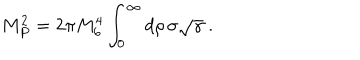
LaTeX: M _ { P } ^ { 2 } = 2 \pi M _ { 6 } ^ { 4 } \int _ { 0 } ^ { \infty } d \rho \, \sigma \sqrt \gamma \ .